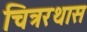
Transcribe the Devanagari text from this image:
चित्ररथास